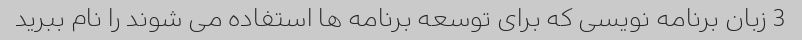
3 زبان برنامه نویسی که برای توسعه برنامه ها استفاده می شوند را نام ببرید